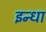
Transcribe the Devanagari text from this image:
इन्धा